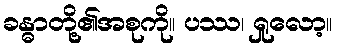
ခန္ဓာတို့၏အစုကို။ ပဿ၊ ရှုလော့။